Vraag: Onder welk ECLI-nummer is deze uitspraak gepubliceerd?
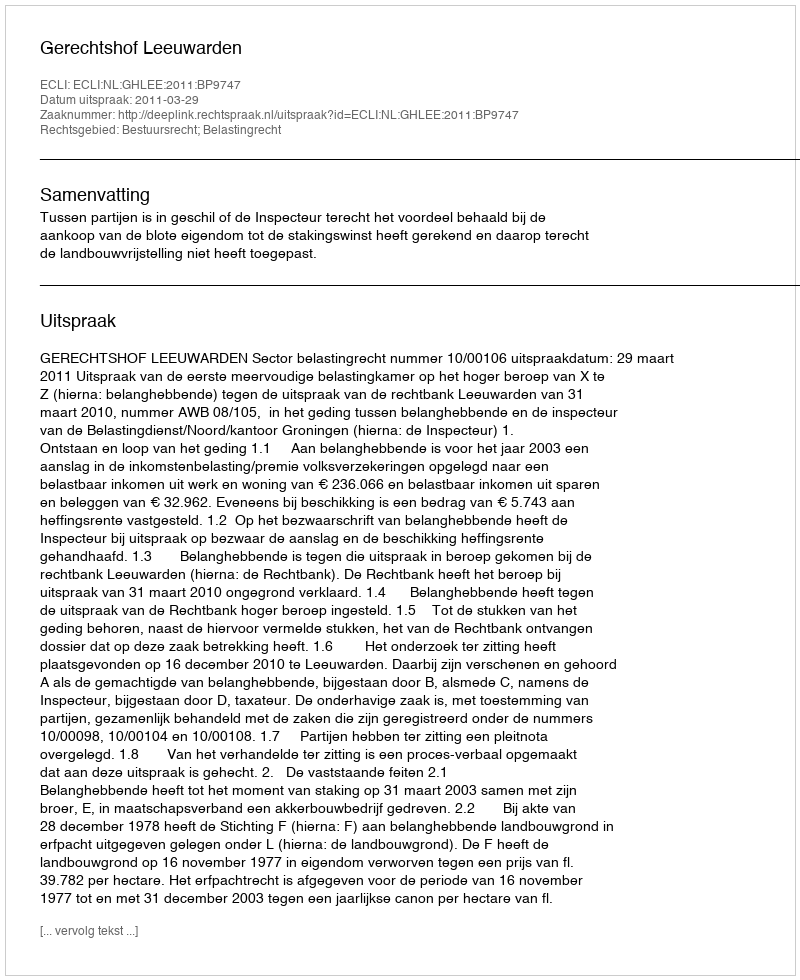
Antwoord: ECLI:NL:GHLEE:2011:BP9747